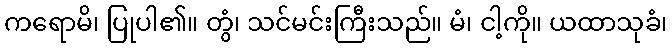
ကရောမိ၊ ပြုပါ၏။ တွံ၊ သင်မင်းကြီးသည်။ မံ၊ ငါ့ကို။ ယထာသုခံ၊